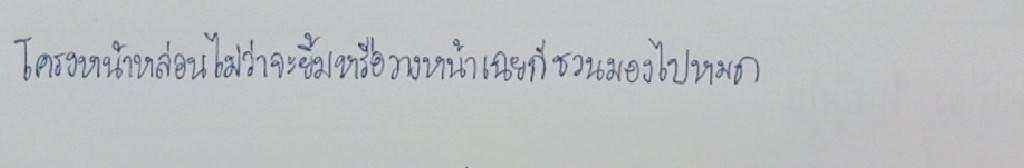
โครงหน้าหล่อนไม่ว่าจะยิ้มหรือวางหน้าเฉยก็ชวนมองไปหมด